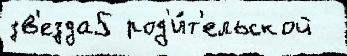
зв'езда5 род'и́т'ельской